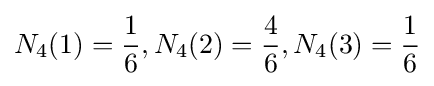
N_{4}(1)={\frac {1}{6}},N_{4}(2)={\frac {4}{6}},N_{4}(3)={\frac {1}{6}}